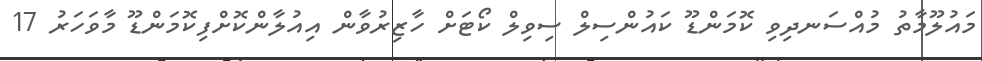
މައުލޫމާތު މުއްސަނދިވި ކޮމަންޑޫ ކައުންސިލް ސިވިލް ކޯޓަށް ހާޒިރުވާން އިއުލާންކޮށްފިކޮމަންޑޫ މާވަހަރު 17